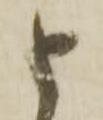
と